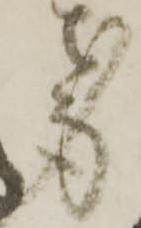
身